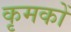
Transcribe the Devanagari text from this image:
कृमकों